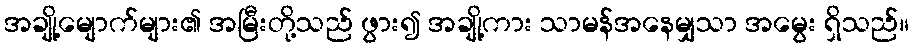
အချို့မျောက်များ၏ အမြီးတို့သည် ဖွား၍ အချို့ကား သာမန်အနေမျှသာ အမွေး ရှိသည်။